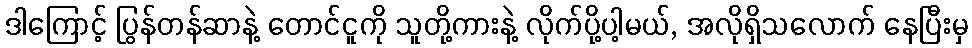
ဒါကြောင့် ပြွန်တန်ဆာနဲ့ တောင်ငူကို သူတို့ကားနဲ့ လိုက်ပို့ပါ့မယ်, အလိုရှိသလောက် နေပြီးမှ